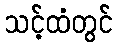
သင့်ထံတွင်